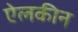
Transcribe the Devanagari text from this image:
ऐलकीन